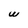
Character: W